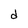
Character: d